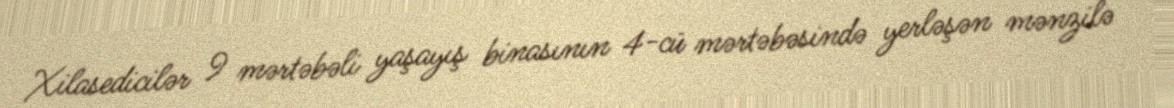
Xilasedicilər 9 mərtəbəli yaşayış binasının 4-cü mərtəbəsində yerləşən mənzilə